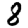
Digit: 8